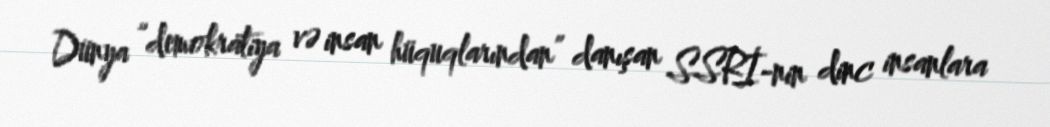
Dünya “demokratiya və insan hüquqlarından” danışan SSRİ-nin dinc insanlara